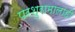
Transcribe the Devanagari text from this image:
परशुरामालाही